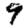
Digit: 9